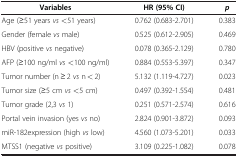
<table><thead><tr><td><b>Variables</b></td><td><b>HR (95% CI)</b></td><td><b><i>p</i></b></td></tr></thead><tbody><tr><td>Age (≥51 years <i>vs</i> &lt;51 years)</td><td>0.762 (0.683-2.701)</td><td>0.383</td></tr><tr><td>Gender (female <i>vs</i> male)</td><td>0.525 (0.612-2.905)</td><td>0.469</td></tr><tr><td>HBV (positive <i>vs</i> negative)</td><td>0.078 (0.365-2.129)</td><td>0.780</td></tr><tr><td>AFP (≥100 ng/ml <i>vs</i> &lt;100 ng/ml)</td><td>0.884 (0.553-5.397)</td><td>0.347</td></tr><tr><td>Tumor number (n ≥ 2 <i>vs</i> n &lt; 2)</td><td>5.132 (1.119-4.727)</td><td>0.023</td></tr><tr><td>Tumor size (≥5 cm <i>vs</i> &lt;5 cm)</td><td>0.497 (0.392-1.554)</td><td>0.481</td></tr><tr><td>Tumor grade (2,3 <i>vs</i> 1)</td><td>0.251 (0.571-2.574)</td><td>0.616</td></tr><tr><td>Portal vein invasion (yes <i>vs</i> no)</td><td>2.824 (0.901-3.872)</td><td>0.093</td></tr><tr><td>miR-182expression (high <i>vs</i> low)</td><td>4.560 (1.073-5.201)</td><td>0.033</td></tr><tr><td>MTSS1 (negative <i>vs</i> positive)</td><td>3.109 (0.225-1.082)</td><td>0.078</td></tr></tbody></table>